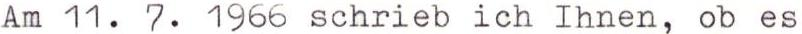
Am 11. 7. 1966 schrieb ich Ihnen, ob es